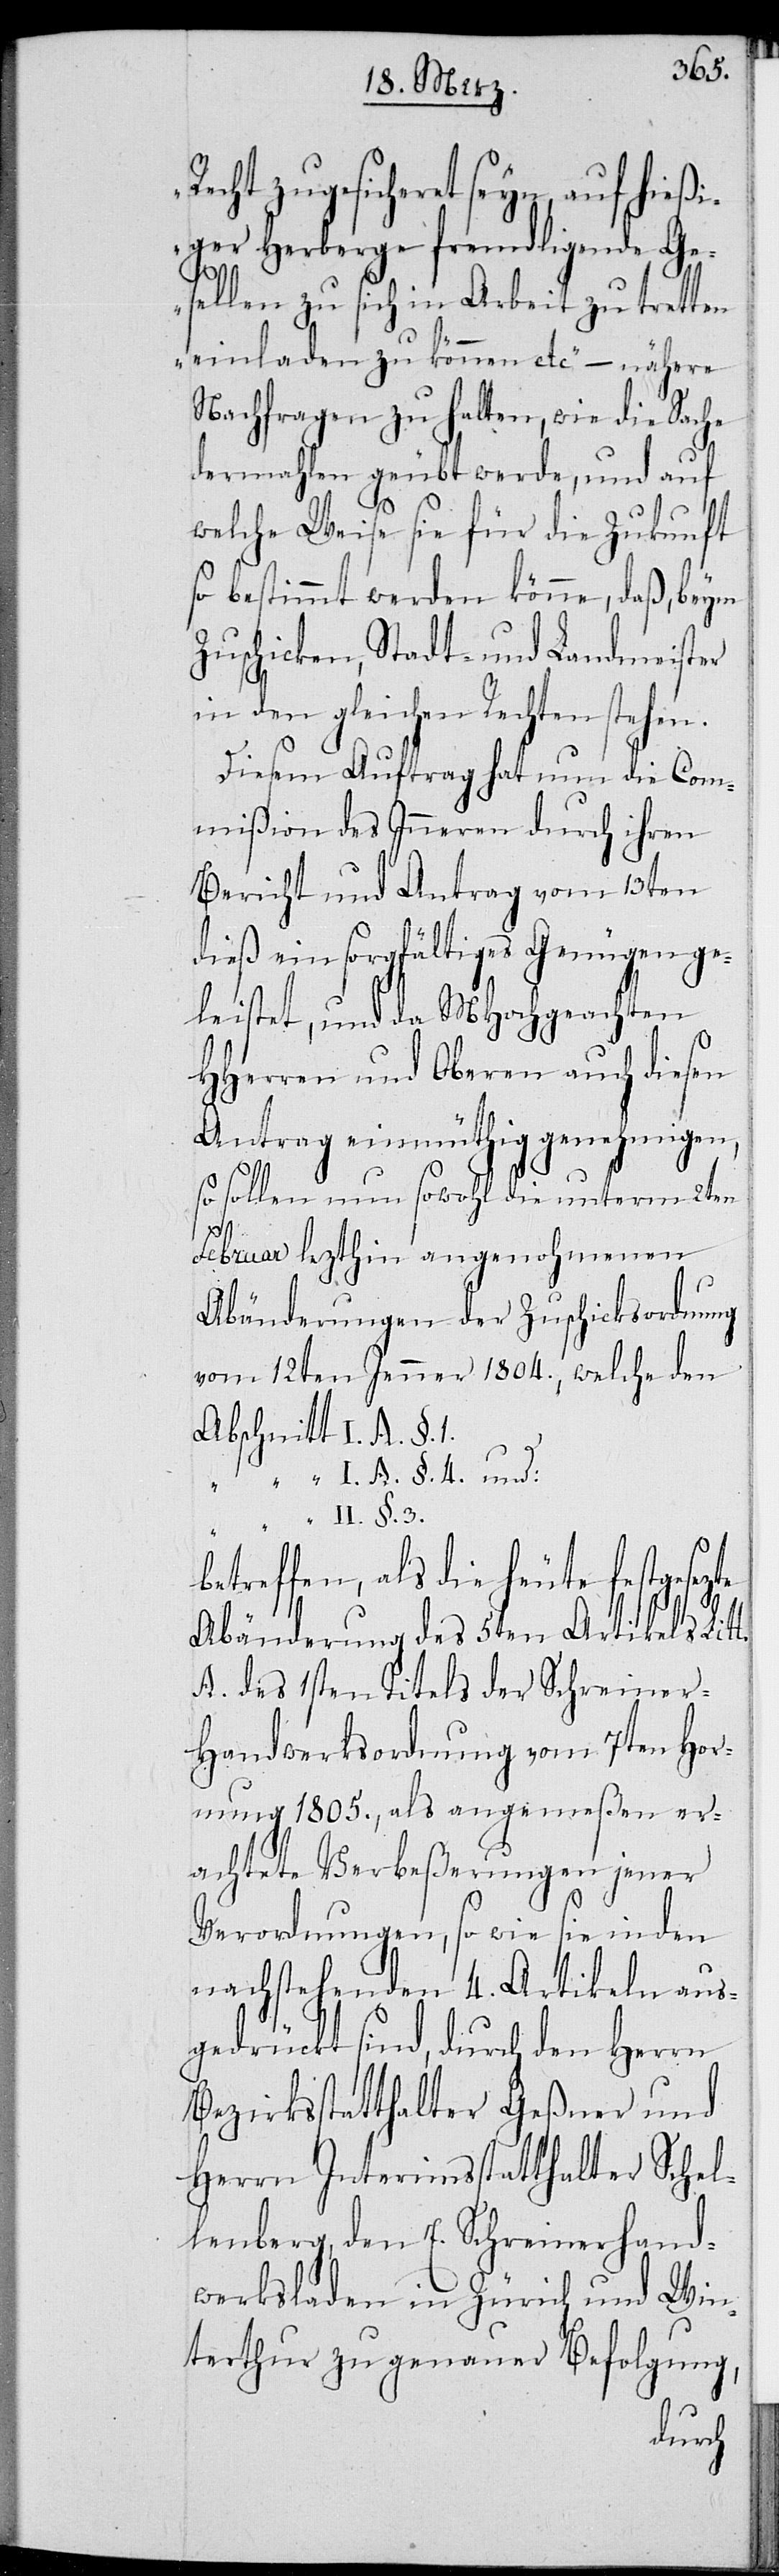
Recht zugesicheret seyn, auf hießi¬
ger Herberge fremdligende Ge¬
te
sellen zu sich in Arbeit zu tretten
einladen zu können etc[.]“ – nähere
Nachfragen zu halten, wie die Sache
dermahlen geübt wurde, und auf
welche Weise sie für die Zukunft
so bestimmt werden könne, daß, beym
Zuschicken, Stadt- und Landmeister
in den gleichen Rechten stehen.
Diesem Auftrag hat nun die Com¬
mißion des Inneren durch ihren
Bericht und Antrag vom 13ten
dieß ein sorgfältiges Genügen ge¬
leistet, und da MHochgeachten
HHerren und Oberen auch diesen
Antrag einmüthig genehmigen,
so sollen nun sowohl die unterm 2ten
3.
Februar lezthin angenohmenen
Abänderungen der Zuschicksordnung
vom 12ten Jenner 1804., welche den
betreffen, als die heute festgesetz¬
Abänderung des 5ten Artikels und
A. des 1sten Titels der Schreiner-H¬
andwerksordnung vom 7ten Hor¬
nung 1805., als angemeßen er¬
achtete Verbeßerungen jener
Verordnungen, so wie sie in den
nachstehenden 4. Artikeln aus¬
gedrückt sind, durch den
Bezirksstatthalter Geßner und
Herrn Interimsstatthalter Schel¬
lenberg, den E. Schreinerhand¬
werksladen in Zürich und Win¬
terthur zu genauer Befolgung,